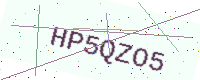
Text: HP5QZO5